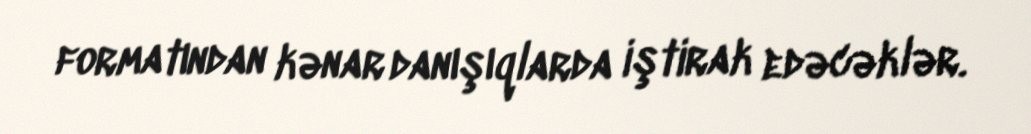
formatından kənar danışıqlarda iştirak edəcəklər.